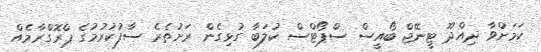
ކަމަށްވާ ދިއްދޫ ޓީނޭޖް ބޯއީސް ސްޕޯޓްސް ކުލަބާ ގުޅިގެން ރަށުތެރެ ސާފުކުރުމުގެ ޕްރޮގްރާމެއް